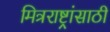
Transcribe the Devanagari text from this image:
मित्रराष्ट्रांसाठी